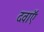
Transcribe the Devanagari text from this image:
दवाऍं